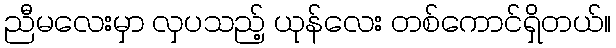
ညီမလေးမှာ လှပသည့် ယုန်လေး တစ်ကောင်ရှိတယ်။